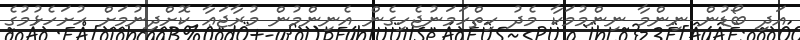
އަދި ބޯޑުން ނިންމާ ނިންމުމަކާ މެދު ހިތްހަމަނުޖެހިގެން އެނިންމުން މުރާޖަޢާ ކޮށްދިނުމަށް ހުށަހެޅުމުގެ